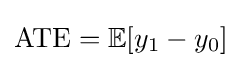
{\text{ATE}}=\mathbb {E} [y_{1}-y_{0}]